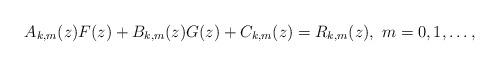
LaTeX: \begin{align*}A_{k,m}(z)F(z)+B_{k,m}(z)G(z)+C_{k,m}(z)=R_{k,m}(z),\ m=0,1,\dots, \end{align*}